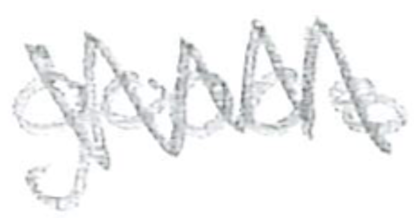
Text: goods
Cross-out: zig-zag
Writing tool: pencil